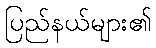
ပြည်နယ်များ၏